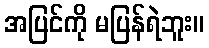
အပြင်ကို မပြန်ရဲဘူး။